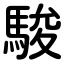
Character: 駿